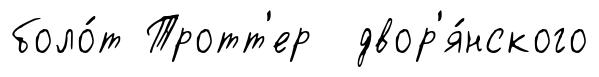
боло́т Тротт'ер двор'я́нского